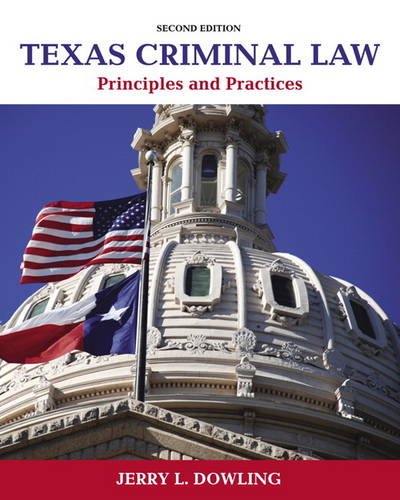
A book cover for Texas Criminal Law: Principles and Practices (2nd Edition); Jerry L. Dowling; Law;